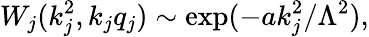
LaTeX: W_{j}(k_{j}^{2},k_{j}q_{j})\sim\exp(-ak_{j}^{2}/\Lambda^{2}),